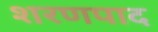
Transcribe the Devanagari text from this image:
शरणपाद